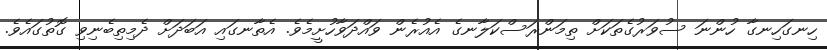
ހިނގަހިނގާ ހުންނަ ސުވަރުގެތަކަށް ތިމަންރަސްކަލާނގެ އެއުރެން ވައްދަވާހުށީމެވެ. އެތާނގައި އަބަދަށް ދެމިތިބެނިވި ގޮތުގައެވެ.